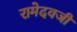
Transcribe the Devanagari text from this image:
रामेदवजी